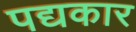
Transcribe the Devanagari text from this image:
पद्यकार